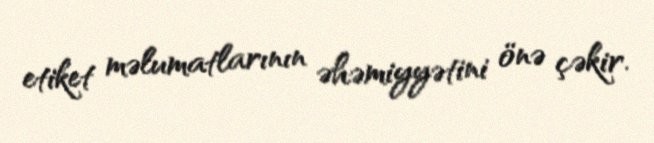
etiket məlumatlarının əhəmiyyətini önə çəkir.